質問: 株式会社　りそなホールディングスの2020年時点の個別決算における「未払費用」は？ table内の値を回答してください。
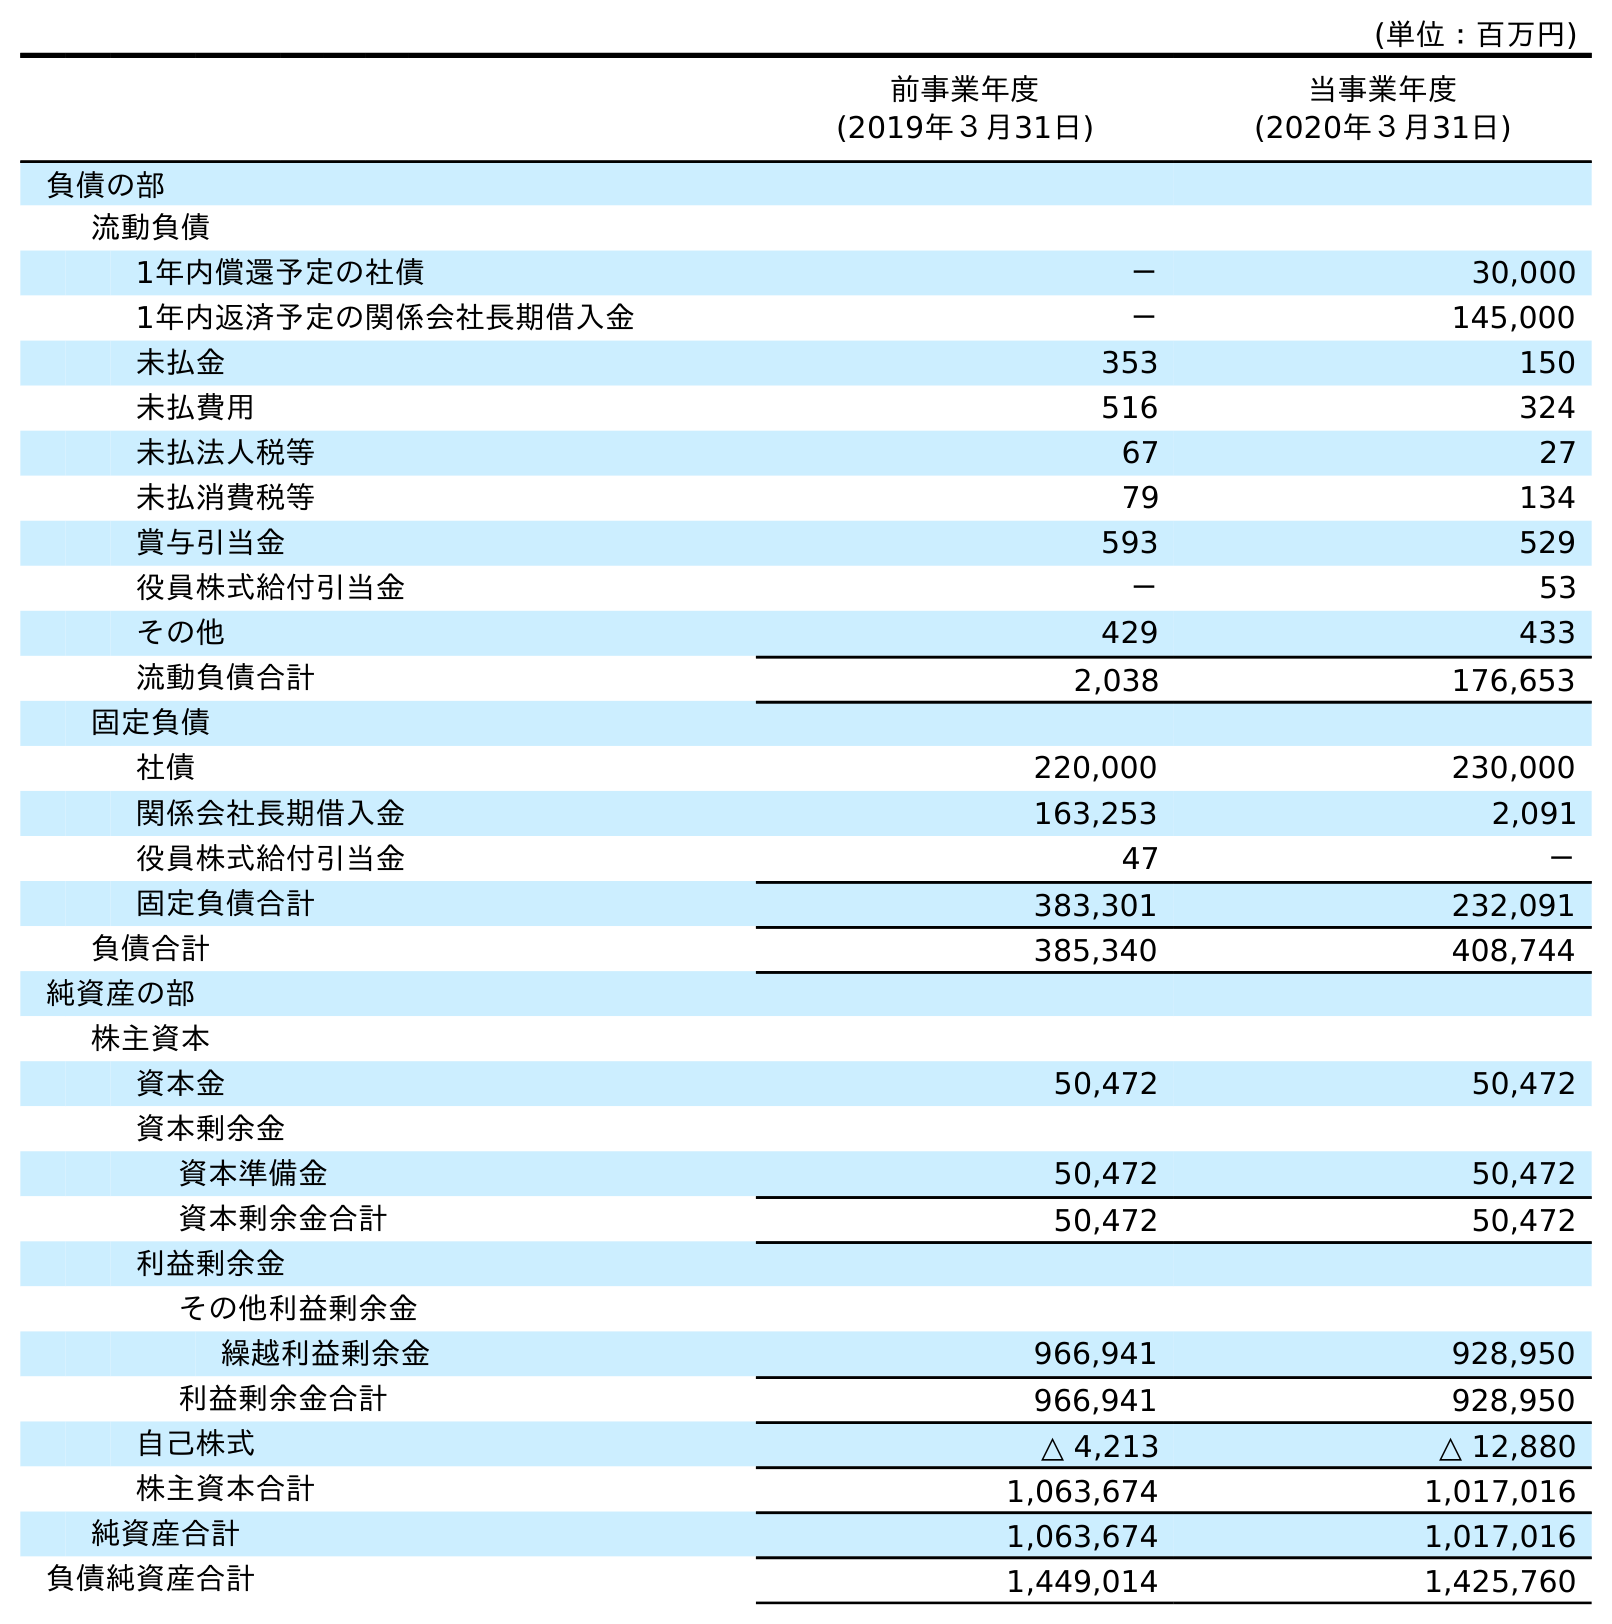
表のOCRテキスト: (単位：百万円) 前事業年度 (2019年３月31日) 当事業年度 (2020年３月31日) 負債の部 流動負債 1年内償還予定の社債 － 30,000 1年内返済予定の関係会社長期借入金 － 145,000 未払金 353 150 未払費用 516 324 未払法人税等 67 27 未払消費税等 79 134 賞与引当金 593 529 役員株式給付引当金 － 53 その他 429 433 流動負債合計 2,038 176,653 固定負債 社債 220,000 230,000 関係会社長期借入金 163,253 2,091 役員株式給付引当金 47 － 固定負債合計 383,301 232,091 負債合計 385,340 408,744 純資産の部 株主資本 資本金 50,472 50,472 資本剰余金 資本準備金 50,472 50,472 資本剰余金合計 50,472 50,472 利益剰余金 その他利益剰余金 繰越利益剰余金 966,941 928,950 利益剰余金合計 966,941 928,950 自己株式 △ 4,213 △ 12,880 株主資本合計 1,063,674 1,017,016 純資産合計 1,063,674 1,017,016 負債純資産合計 1,449,014 1,425,760
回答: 324